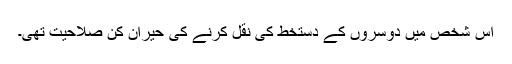
اس شخص میں دوسروں کے دستخط کی نقل کرنے کی حیران کن صلاحیت تھی۔